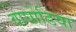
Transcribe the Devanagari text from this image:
वाघोडिया